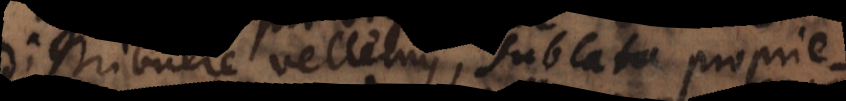
distribuere vellemus, sublata proprieta